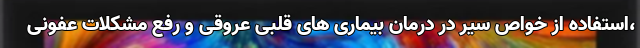
،استفاده از خواص سیر در درمان بیماری های قلبی عروقی و رفع مشکلات عفونی